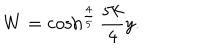
W = \cosh ^ { \frac { 4 } { 5 } } \frac { 5 k } { 4 } y .